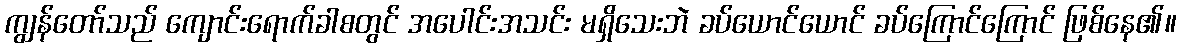
ကျွန်တော်သည် ကျောင်းရောက်ခါစတွင် အပေါင်းအသင်း မရှိသေးဘဲ ခပ်ယောင်ယောင် ခပ်ကြောင်ကြောင် ဖြစ်နေ၏။